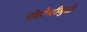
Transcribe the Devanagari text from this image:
पोहोचीमुळे